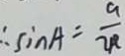
\therefore \sin A = \frac { a } { 2 R }